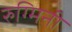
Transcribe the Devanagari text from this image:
रुग्मिनी